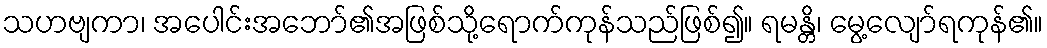
သဟဗျကာ၊ အပေါင်းအဘော်၏အဖြစ်သို့ရောက်ကုန်သည်ဖြစ်၍။ ရမန္တိ၊ မွေ့လျော်ရကုန်၏။